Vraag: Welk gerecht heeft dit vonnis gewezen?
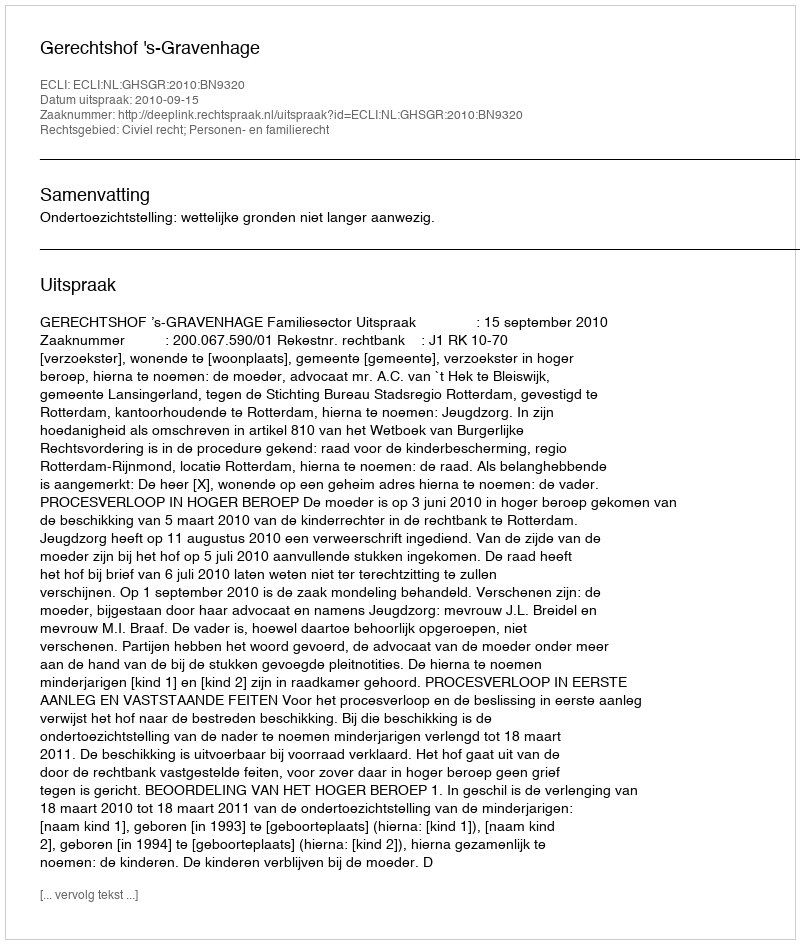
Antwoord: Gerechtshof 's-Gravenhage